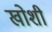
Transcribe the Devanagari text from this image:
खोशी